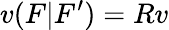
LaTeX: v(F|F^{\prime})=Rv